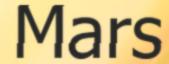
Mars